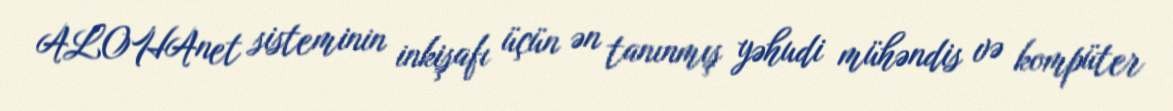
ALOHAnet sisteminin inkişafı üçün ən tanınmış yəhudi mühəndis və kompüter